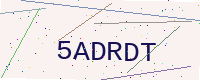
Text: 5ADRDT